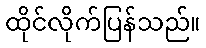
ထိုင်လိုက်ပြန်သည်။